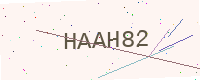
Text: HAAH82